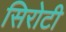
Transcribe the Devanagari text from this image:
सिरोटी